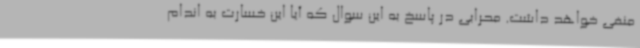
منفی خواهد داشت. محرابی در پاسخ به این سوال که آیا این خسارت به اندام